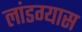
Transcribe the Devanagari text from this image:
लांडग्यास